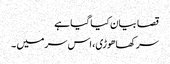
قصا بیان کیا گیا ہے
سر کھاھوڑی، اس سر میں ۔